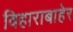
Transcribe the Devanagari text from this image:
विहाराबाहेर